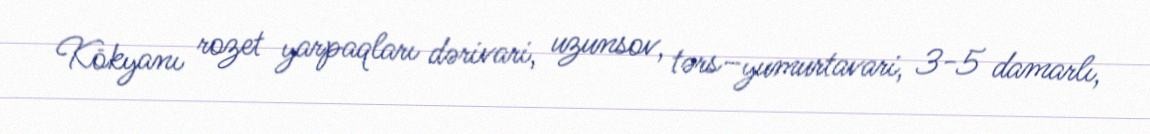
Kökyanı rozet yarpaqları dərivari, uzunsov, tərs–yumurtavari, 3-5 damarlı,